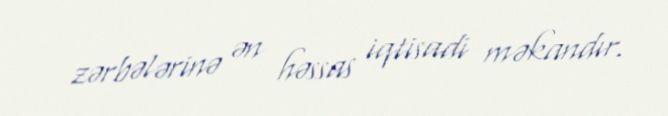
zərbələrinə ən həssas iqtisadi məkandır.